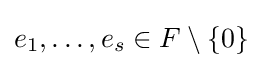
e_{1},\ldots ,e_{s}\in F\setminus \{0\}